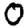
Digit: 0